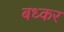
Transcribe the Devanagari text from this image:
बध्कर